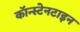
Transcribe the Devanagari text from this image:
कॉन्स्टेनटाइन